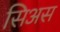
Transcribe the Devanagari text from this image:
सिअस